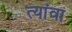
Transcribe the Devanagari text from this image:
त्यांवा